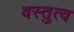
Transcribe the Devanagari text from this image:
वस्तुत्व